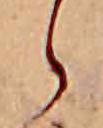
ら